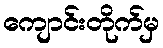
ကျောင်းတိုက်မှ